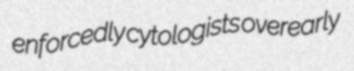
enforcedly cytologists overearly